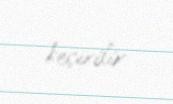
keçirilir.